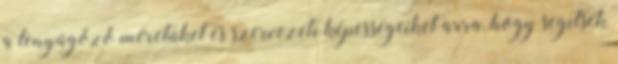
a lenyűgöző méretüket és szervezeti képességeiket arra, hogy segítsék